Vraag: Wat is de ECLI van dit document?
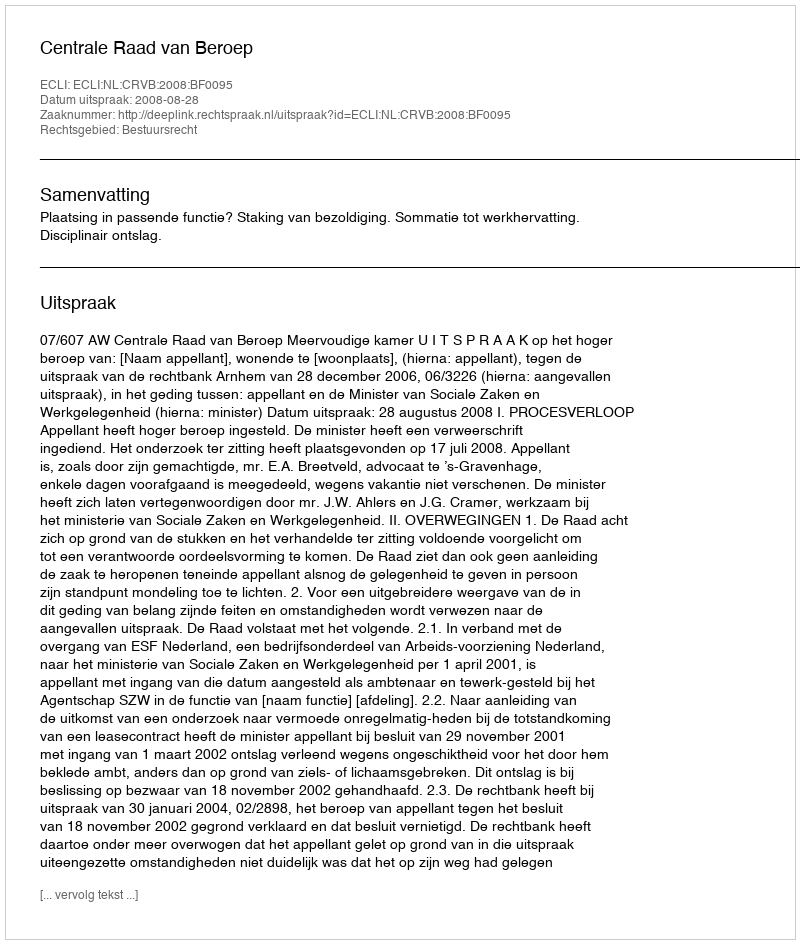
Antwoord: ECLI:NL:CRVB:2008:BF0095